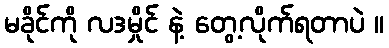
မခိုင်ကို လဒမှိုင် နဲ့ တွေ့လိုက်ရတာပဲ ။